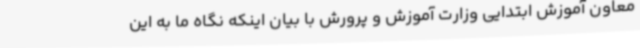
معاون آموزش ابتدایی وزارت آموزش و پرورش با بیان اینکه نگاه ما به این